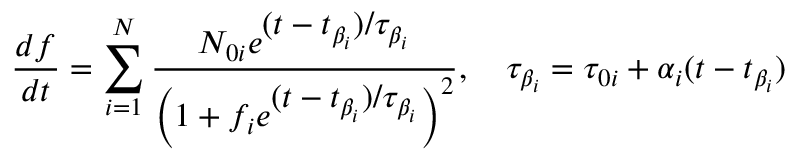
\frac { d f } { d t } = \sum _ { i = 1 } ^ { N } \displaystyle \frac { N _ { 0 i } e ^ { \displaystyle ( t - t _ { \beta _ { i } } ) / \tau _ { \beta _ { i } } } } { \left( 1 + f _ { i } e ^ { \displaystyle ( t - t _ { \beta _ { i } } ) / \tau _ { \beta _ { i } } } \right) ^ { 2 } } , ~ ~ ~ \tau _ { \beta _ { i } } = \tau _ { 0 i } + \alpha _ { i } ( t - t _ { \beta _ { i } } )